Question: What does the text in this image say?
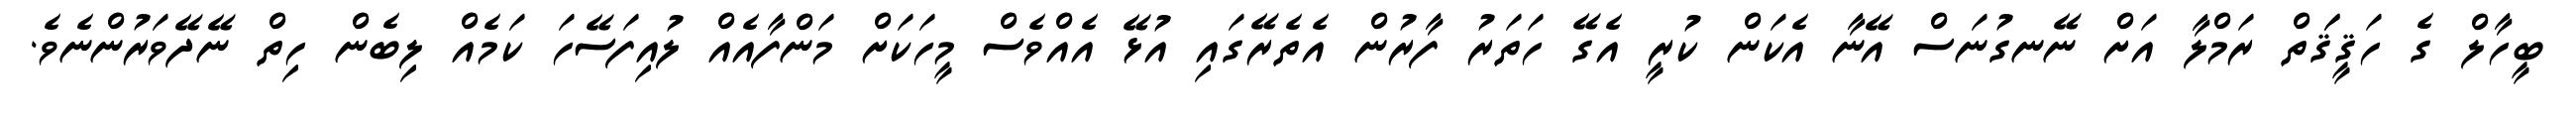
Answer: ބީހާލް ގެ ހަޤީޤަަތް ރަމްލާ އަށް ނޭނގުނަސް އޭނާ އެކަން ކުރީ އެގޭ ހަތަރު ފާރުން އެތެރޭގައި އުޅޭ އެއްވެސް މީހަކަށް މަންފާއެއް ލުއިފަސޭހަ ކަމެއް ލިބެން ހިތް ނޭދޭވަރުންނެވެ.